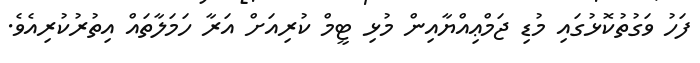
ފަހު ވަގުތުކޮޅުގައި މުޑި ޖަމްޢިއްޔާއިން މުޅި ޓީމް ކުރިއަށް އަރާ ހަމަލާތައް އިތުރުކުރިއެވެ.